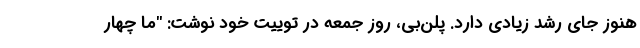
هنوز جای رشد زیادی دارد. پلن‌بی، روز جمعه در توییت خود نوشت: "ما چهار